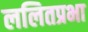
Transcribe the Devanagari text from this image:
ललितप्रभा